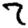
Digit: 7